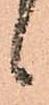
ゝ